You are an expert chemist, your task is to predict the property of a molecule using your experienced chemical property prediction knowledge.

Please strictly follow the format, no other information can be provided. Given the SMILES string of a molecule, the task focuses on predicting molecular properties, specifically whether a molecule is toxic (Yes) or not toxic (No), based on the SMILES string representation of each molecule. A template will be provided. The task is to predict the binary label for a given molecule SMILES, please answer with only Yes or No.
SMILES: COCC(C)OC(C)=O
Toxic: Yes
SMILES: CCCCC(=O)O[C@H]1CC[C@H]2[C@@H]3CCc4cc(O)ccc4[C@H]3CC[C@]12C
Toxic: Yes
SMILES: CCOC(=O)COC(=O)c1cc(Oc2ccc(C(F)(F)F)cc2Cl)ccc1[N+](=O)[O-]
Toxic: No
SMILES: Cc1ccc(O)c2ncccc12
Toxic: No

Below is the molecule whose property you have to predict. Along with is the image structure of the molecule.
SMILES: O=C(O)c1cccc(Cl)c1
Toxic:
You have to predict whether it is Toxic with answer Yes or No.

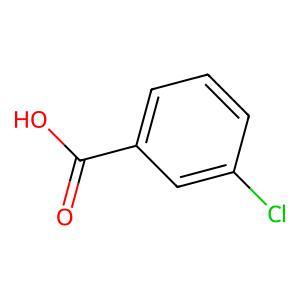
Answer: No